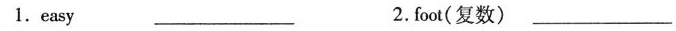
1.easy ___ 2.foot(复数) ___